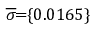
\! \! \! \overline { { \sigma } } \! \! = \! \! \{ 0 . 0 1 6 5 \} \! \! \!